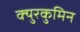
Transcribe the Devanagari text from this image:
क्युरकुमिन